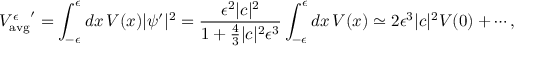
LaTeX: { V _ { \mathrm { a v g } } ^ { \epsilon } } ^ { \prime } = \int _ { - \epsilon } ^ { \epsilon } d x \, V ( x ) | \psi ^ { \prime } | ^ { 2 } = { \frac { \epsilon ^ { 2 } | c | ^ { 2 } } { 1 + { \frac { 4 } { 3 } } | c | ^ { 2 } \epsilon ^ { 3 } } } \int _ { - \epsilon } ^ { \epsilon } d x \, V ( x ) \simeq 2 \epsilon ^ { 3 } | c | ^ { 2 } V ( 0 ) + \cdots ,